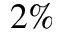
2 \%